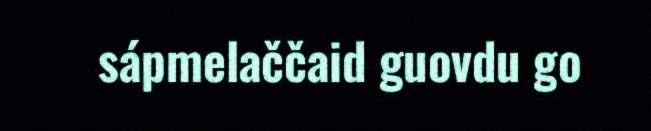
sápmelaččaid guovdu go